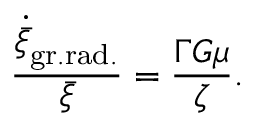
{ \frac { \dot { \bar { \xi } } _ { \mathrm { g r . r a d . } } } { \bar { \xi } } } = { \frac { \Gamma G \mu } { \zeta } } .